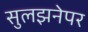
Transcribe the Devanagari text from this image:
सुलझनेपर